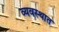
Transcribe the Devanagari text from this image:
व्यवस्थात